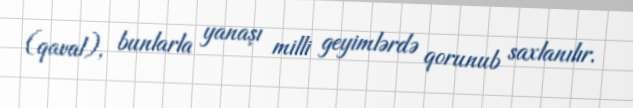
(qaval), bunlarla yanaşı milli geyimlərdə qorunub saxlanılır.